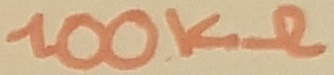
Text: 100KΩ